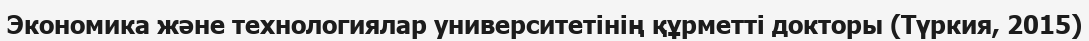
Экономика және технологиялар университетінің құрметті докторы (Түркия, 2015)